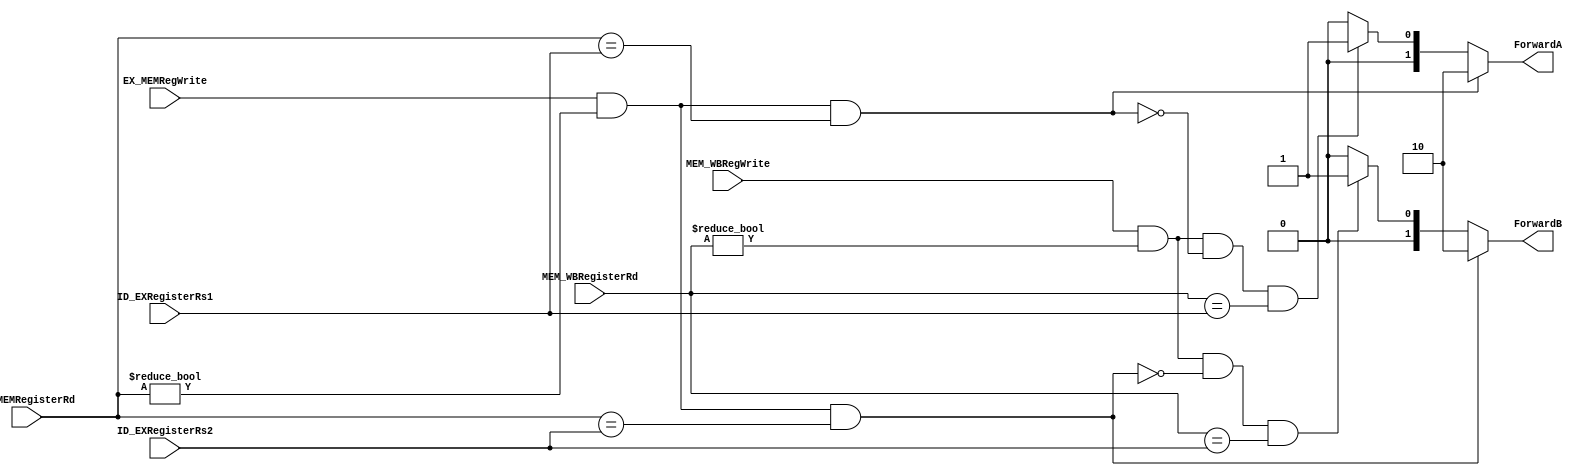
`timescale 1ns / 1ps
module Forwarding_Unit(
	EX_MEMRegWrite,
	MEM_WBRegWrite,
	EX_MEMRegisterRd,
	MEM_WBRegisterRd,
	ID_EXRegisterRs1,
	ID_EXRegisterRs2,
	ForwardA,
	ForwardB
	);
input EX_MEMRegWrite, MEM_WBRegWrite;
input [4:0] EX_MEMRegisterRd, MEM_WBRegisterRd, ID_EXRegisterRs1, ID_EXRegisterRs2;
output reg [1:0] ForwardA, ForwardB;


always@(*)begin
// add your code here

	// forward A
	if (  // Ex hazard
		EX_MEMRegWrite && (EX_MEMRegisterRd != 5'b0) && 
		(EX_MEMRegisterRd == ID_EXRegisterRs1)
	) begin
		ForwardA = 2'b10;
	end
	else if ( // MEM hazard
		MEM_WBRegWrite && (MEM_WBRegisterRd != 5'b0) &&
		!(EX_MEMRegWrite && (EX_MEMRegisterRd != 5'b0) &&
		(EX_MEMRegisterRd == ID_EXRegisterRs1)) &&
		(MEM_WBRegisterRd == ID_EXRegisterRs1)
	) begin
		ForwardA = 2'b01;
	end
	else begin
		ForwardA = 2'b00;
	end

	// ForwardB
	if ( // Ex hazard
		EX_MEMRegWrite && (EX_MEMRegisterRd != 5'b0) && 
		(EX_MEMRegisterRd == ID_EXRegisterRs2)
	) begin
		ForwardB = 2'b10;
	end
	else if ( // MEM hazard
		MEM_WBRegWrite && (MEM_WBRegisterRd != 5'b0) &&
		!(EX_MEMRegWrite && (EX_MEMRegisterRd != 5'b0) &&
		(EX_MEMRegisterRd == ID_EXRegisterRs2)) &&
		(MEM_WBRegisterRd == ID_EXRegisterRs2)
	) 
	begin
		ForwardB = 2'b01;
	end
	else begin
		ForwardB = 2'b00;
	end
end


endmodule